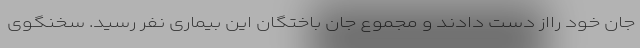
جان خود رااز دست دادند و مجموع جان باختگان این بیماری نفر رسید. سخنگوی